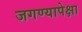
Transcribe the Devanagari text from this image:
जगण्यापेक्षा